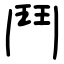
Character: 鬥